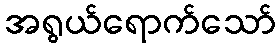
အရွယ်ရောက်သော်